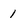
Character: 1